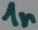
Text: 1n